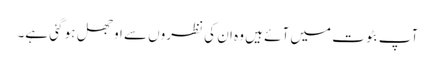
آپ بٹوت میں آئے ہیں وہ ان کی نظروں سے اوجھل ہو گئی ہے۔